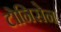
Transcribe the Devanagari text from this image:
टोनिसेन